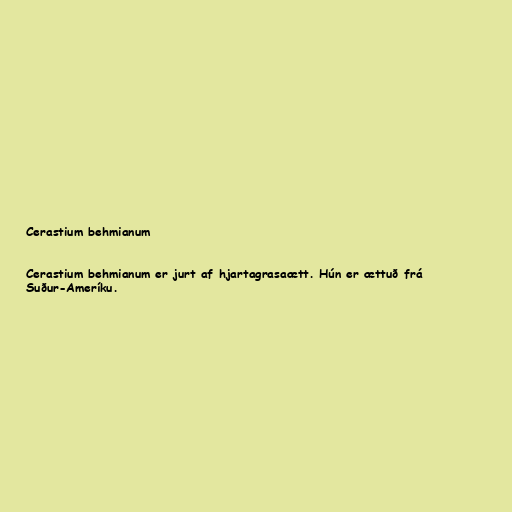
Cerastium behmianum

Cerastium behmianum er jurt af hjartagrasaætt. Hún er ættuð frá
Suður-Ameríku.